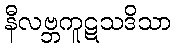
နီလဗ္ဘကူဋသဒိသာ